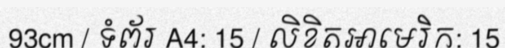
93cm / ទំព័រ A4: 15 / លិខិតអាមេរិក: 15